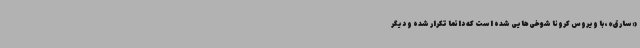
«سارق»، با ویروس کرونا شوخی‌هایی شده است که دائما تکرار شده و دیگر